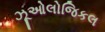
ઝૂઓલોજિકલ